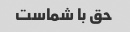
حق با شماست